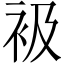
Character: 衱